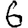
Digit: 6